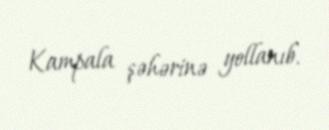
Kampala şəhərinə yollanıb.